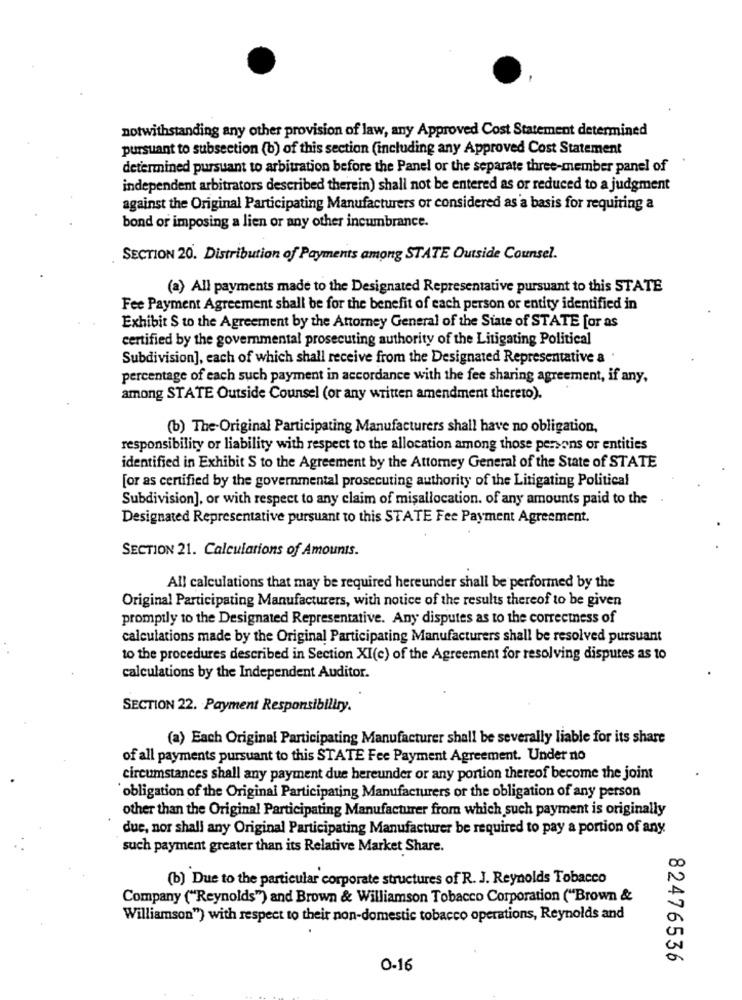
notwithstanding any other provision of law, any Approved Cost Statement determined
pursuant to subsection (b) of this section (including any Approved Cost Statement
determined pursuant to arbitration before the Panel or the separate three-member panel of
independent arbitrators described therein) shall not be entered as or reduced to a judgment
against the Original Participating Manufacturers or considered as a basis for requiring a
bond or imposing a lien or any other incumbrance.
SECTION 20. Distribution of Payments among STATE Outside Counsel.
(a) All payments made to the Designated Representative pursuant to this STATE
Fee Payment Agreement shall be for the benefit of each person or entity identified in
Exhibit $ to the Agreement by the Attorney General of the State of STATE [or as
certified by the governmental prosecuting authority of the Litigating Political
Subdivision], each of which shall receive from the Designated Representative a
percentage of each such payment in accordance with the fee sharing agreement, if any,
among STATE Outside Counsel (or any written amendment thereto).
(b) The Original Participating Manufacturers shall have no obligation,
responsibility or liability with respect to the allocation among those persons or entities
identified in Exhibit S to the Agreement by the Attorney General of the State of STATE
[or as certified by the governmental prosecuting authority of the Litigating Political
Subdivision], or with respect to any claim of misallocation. of any amounts paid to the
Designated Representative pursuant to this STATE Fee Payment Agreement.
SECTION 21. Calculations of Amounts.
All calculations that may be required hereunder shall be performed by the
Original Participating Manufacturers, with notice of the results thereof to be given
promptly to the Designated Representative. Any disputes as to the correctness of
calculations made by the Original Participating Manufacturers shall be resolved pursuant
to the procedures described in Section XI(c) of the Agreement for resolving disputes as to
calculations by the Independent Auditor.
SECTION 22. Payment Responsibility.
(a) Each Original Participating Manufacturer shall be severally liable for its share
of all payments pursuant to this STATE Fee Payment Agreement. Under no
circumstances shall any payment due hereunder or any portion thereof become the joint
"obligation of the Original Participating Manufacturers or the obligation of any person
other than the Original Participating Manufacturer from which such payment is originally
due, nor shall any Original Participating Manufacturer be required to pay a portion of any
such payment greater than its Relative Market Share.
(b) Due to the particular corporate structures of R. J. Reynolds Tobacco
Company ("Reynolds") and Brown & Williamson Tobacco Corporation ("Brown &
Williamson") with respect to their non-domestic tobacco operations, Reynolds and
82476536
0-16